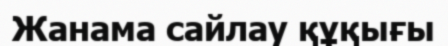
Жанама сайлау құқығы